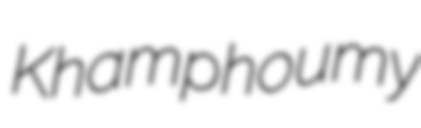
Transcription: Khamphoumy